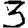
Digit: 3